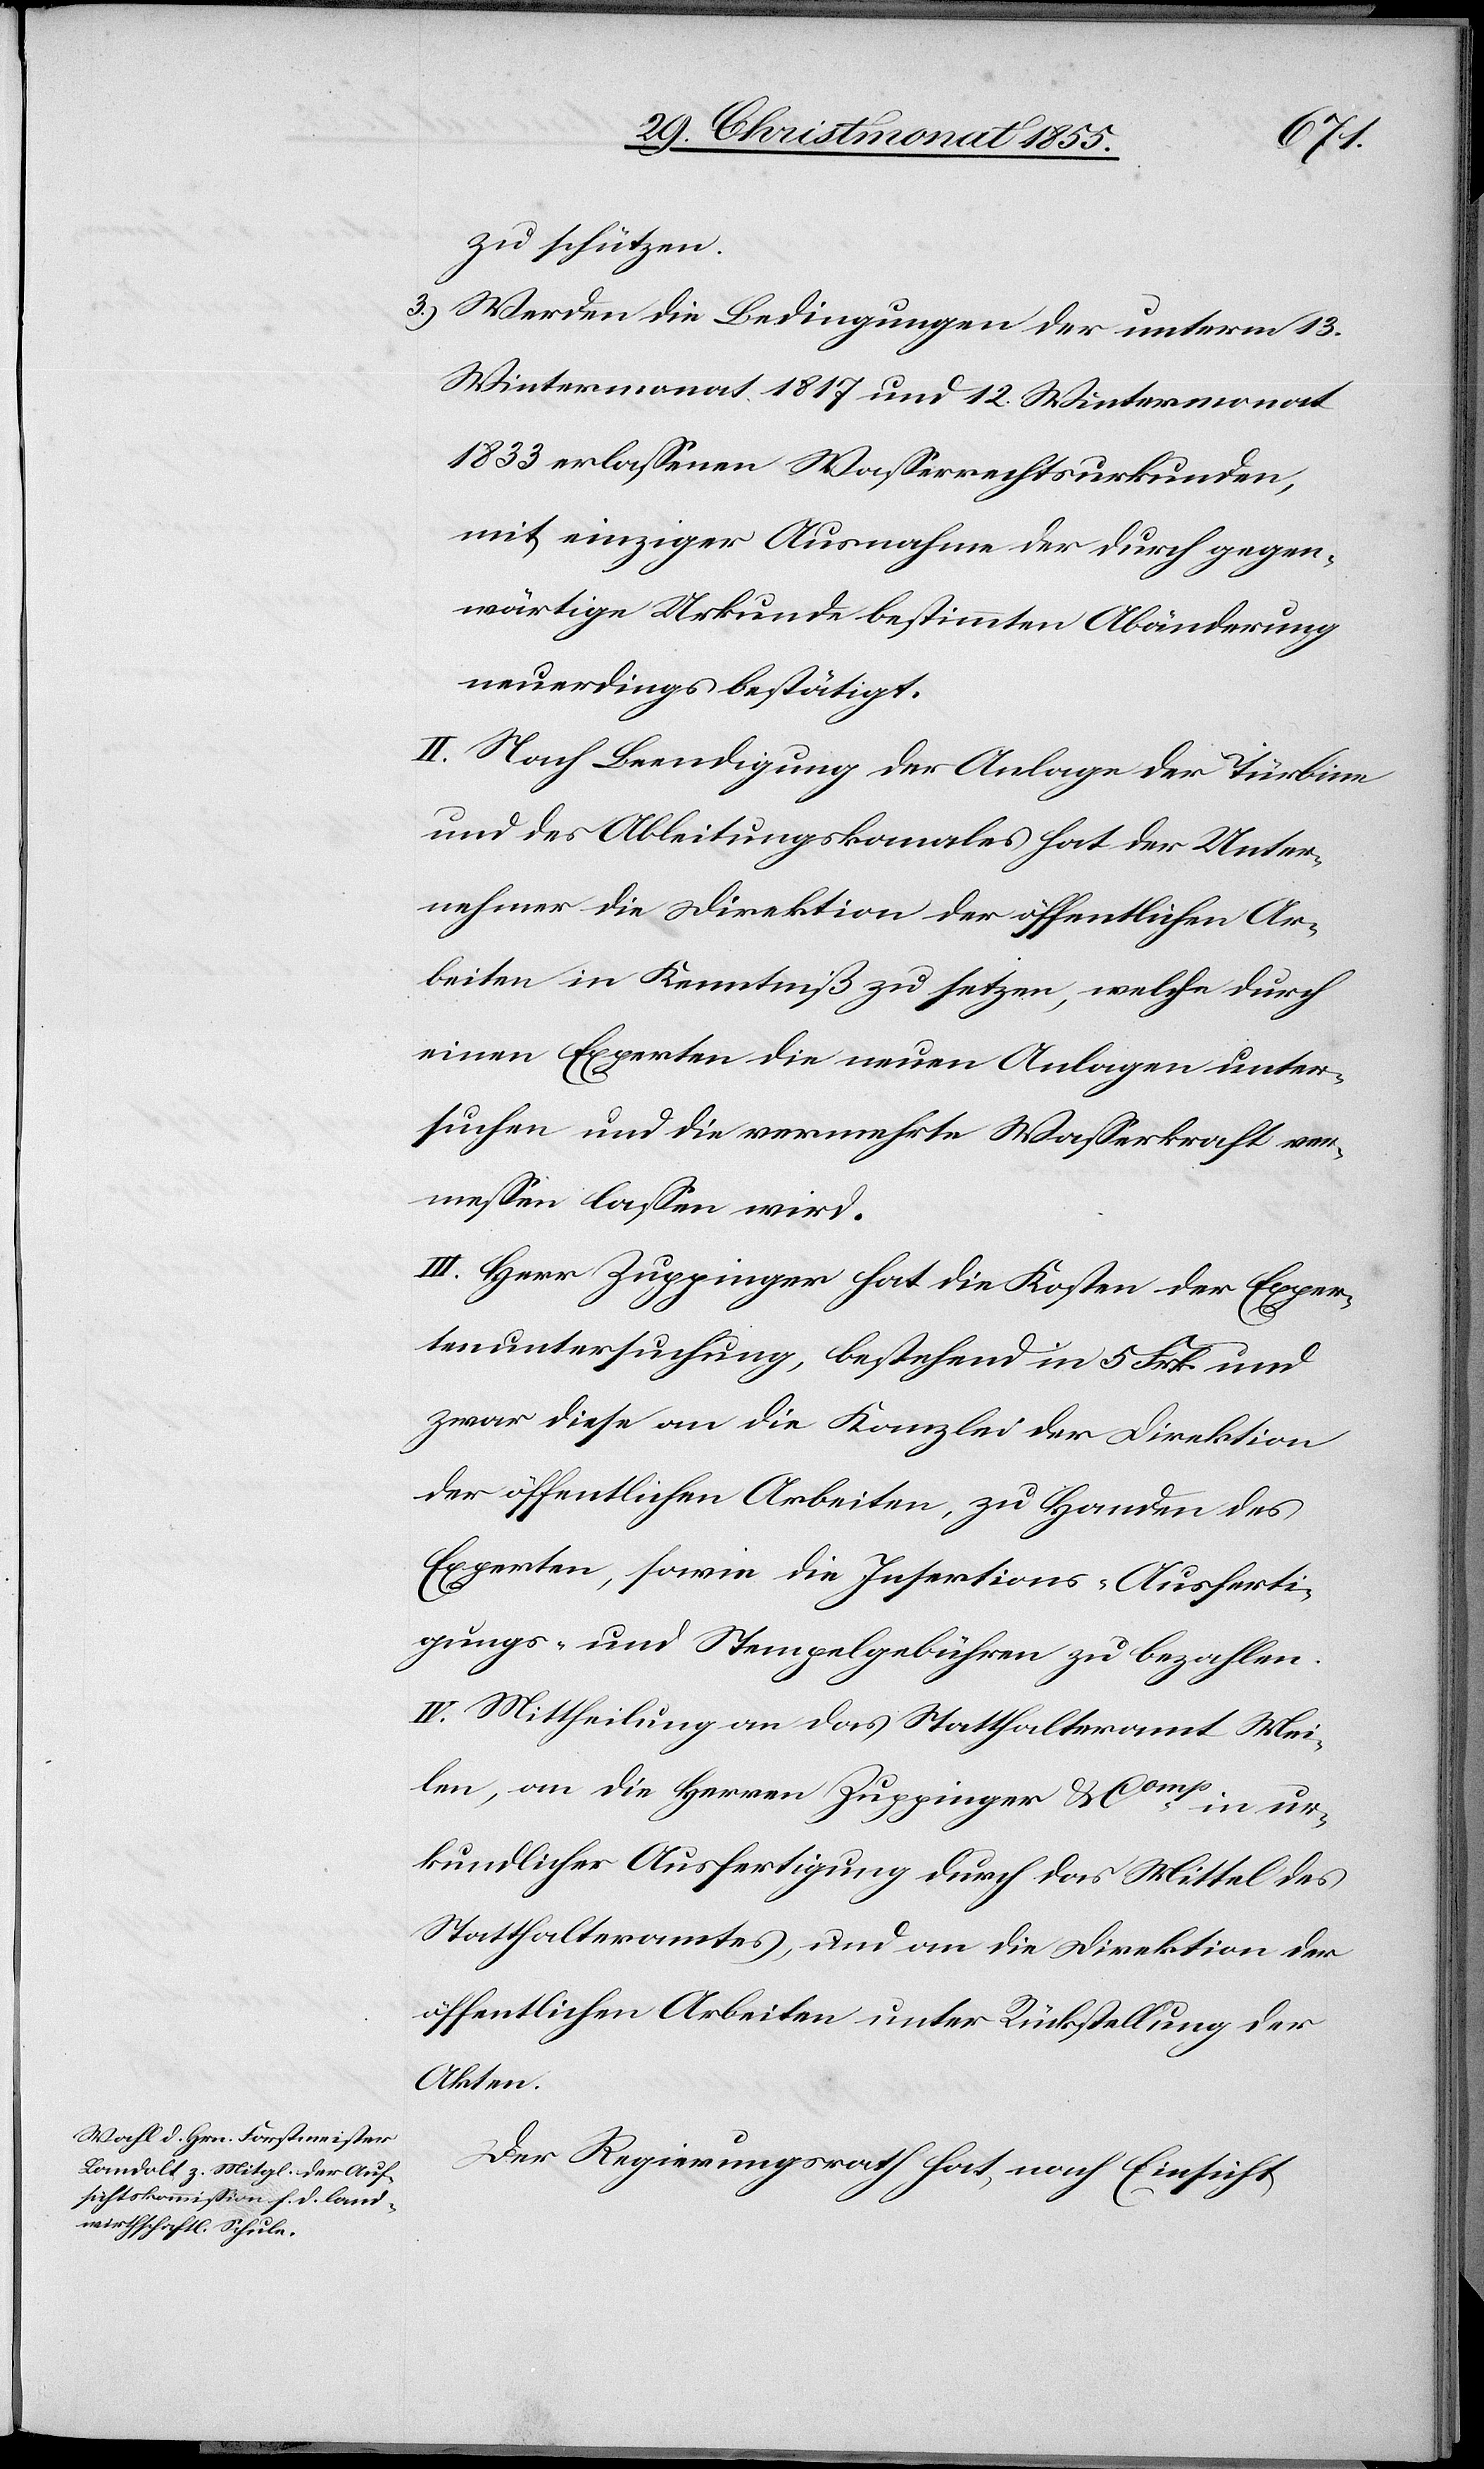
zu schützen.
Werden die Bedingungen der unterm 13.
Wintermonat 1817 und 12. Wintermonat
1833 erlassenen Wasserrechtsurkunden,
mit einziger Ausnahme der durch gegen¬
wärtige Urkunde bestimmten Abänderung
neuerdings bestätigt.
II. Nach Beendigung der Anlage der Türbine
und des Ableitungskanales hat der Unter¬
nehmer die Direktion der öffentlichen Ar¬
beiten in Kenntniß zu setzen, welche durch
einen Experten die neuen Anlagen unter¬
suchen und die vermehrte Wasserkraft ver¬
messen lassen wird.
III. Herr Zuppinger hat die Kosten der Exper¬
tenuntersuchung, bestehend in 5 Frk. und
zwar diese an die Kanzlei der Direktion
der öffentlichen Arbeiten, zu Handen des
Experten, sowie die Insertions-[,] Ausferti¬
gungs- und Stempelgebühren zu bezahlen.
IV. Mittheilung an das Statthalteramt Mei¬
len, an die Herren Zuppinger & Comp
urkundlicher Ausfertigung durch das Mittel des
Statthalteramtes, und an die Direktion der
öffentlichen Arbeiten unter Rückstellung der
Akten.
Der Regierungsrath hat, nach Einsicht